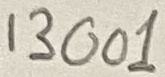
Text: 13001